system: You are a helpful assistant.
user:
Analyze the provided spectrum to determine if it is a **"Cataclysmic Variables (CV)"**.

- **Key Indicators for CV (Check for either state):**
    - **State 1: Quiescent / Low-State (Emission-Dominated)**
        - **(Primary):** Strong and *very broad* Hydrogen Balmer emission lines (e.g., $H\alpha$ at 6563 Å, $H\beta$ at 4861 Å). The 'broadness' (high velocity dispersion, often FWHM > 1000 km/s) is the key diagnostic, indicating a high-velocity accretion disk.
        - **(Secondary):** Broad neutral Helium (He I) emission lines (e.g., 5876 Å, 6678 Å).
        - **(Key Confirmation):** Presence of high-excitation *ionized* Helium (He II) emission at 4686 Å. This is a strong indicator of accretion onto a white dwarf.
        - **(Line Profile):** Emission lines may exhibit a 'double-peaked' profile, which is a classic signature of a rotating accretion disk viewed at high inclination.

    - **State 2: Outburst / High-State (Absorption-Dominated)**
        - **(Primary):** Spectrum is dominated by a bright, blue continuum (looks like a hot star).
        - **(Secondary):** The emission lines from State 1 are weak, absent, or 'filled in', and are replaced by broad, shallow *absorption* lines (primarily Balmer and He I).
        - **(Morphology):** The overall spectrum mimics a hot B/A-type star. The crucial difference is that the absorption lines are significantly broader, shallower, and more 'washed-out' (or 'smeared') than the sharp lines of a normal stellar photosphere, due to high rotational speeds and pressure broadening in the disk.

Think first, call **spectral_visualization_tool** if needed to examine features in detail, then provide your final answer. Your response must adhere to the following strict rules:
1.  **Overall Structure:** Your response must follow the format `<think>...</think> <tool_call>...</tool_call> (if a tool is used) <answer>...</answer>`.
2.  **Tool Usage Constraint:** You may only make **one** tool call per turn.
3.  **Final Answer Format:** In the `<answer>` tag, your conclusion must be inside a `\boxed{}` command (e.g., `\boxed{YES}`), followed by your justification.

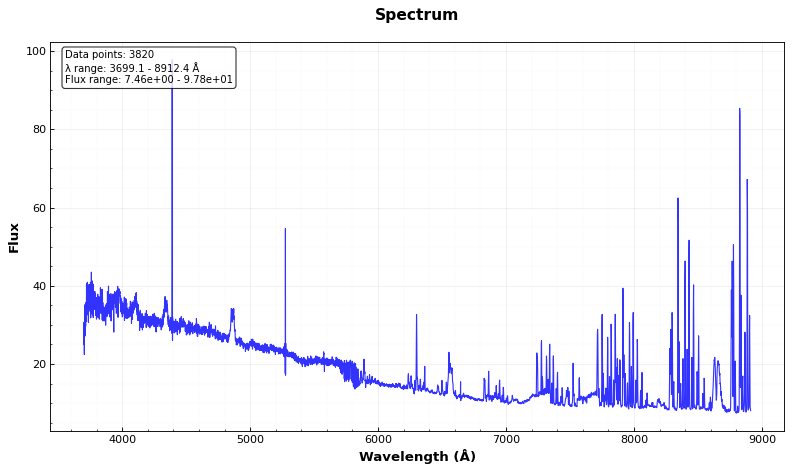
Answer: YES